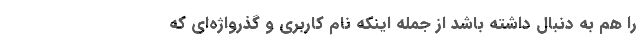
را هم به دنبال داشته باشد از جمله اینکه نام کاربری و گذرواژه‌ای که